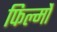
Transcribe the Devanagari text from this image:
फिल्मोंं